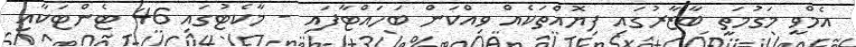
އެމްވީ މަގުމަތީ ބާޒާރުގައި ފިޔޮއްތަކެއް ވިއްކަން ބަހައްޓާފައި - މާކެޓުގައި 46 ޓެންޓަކާއި